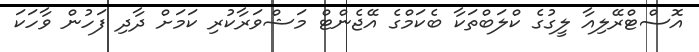
އޮސްޓްރޭލިއާ ލީގުގެ ކްލަބްތަކާ ބެކަމްގެ އޭޖެންޓް މަޝްވަރާކުރި ކަމަށް ދާދި ފަހުން ވާހަކަ